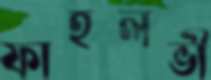
ফাহলভী